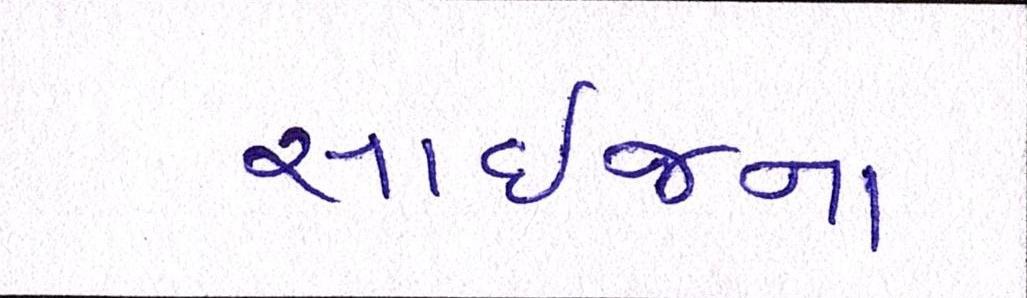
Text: સાઈજના